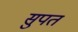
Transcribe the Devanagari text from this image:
सुपत